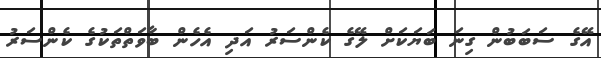
އޭގެ ސަބަބުން ގިނަ ބަޔަކަށް ލޭގެ ކެންސަރު އަދި އެހެން ބާވަތްތަކުގެ ކެންސަރު